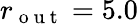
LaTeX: r_{\mathrm{~o~u~t~}}=5.0